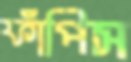
ফাঁপিস